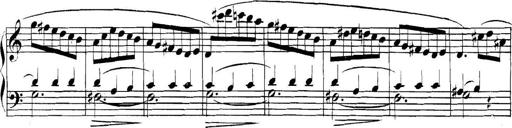
Title: Collected Piano Sonatas
Composer: Muzio Clementi